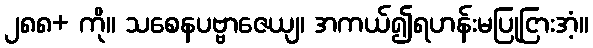
၂၈၈+ ကို။ သစေနပဗ္ဗာဇေယျ၊ အကယ်၍ရဟန်းမပြုငြားအံ့။